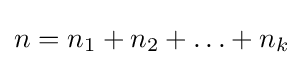
n=n_{1}+n_{2}+\ldots +n_{k}